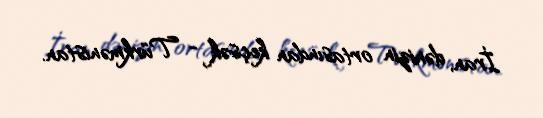
İran, dənizin ortasından keçsək - Türkmənistan.